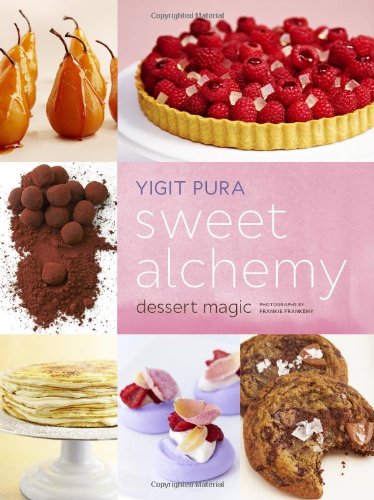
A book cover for Sweet Alchemy: Dessert Magic; Yigit Pura; Cookbooks, Food & Wine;